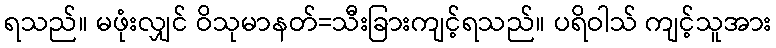
ရသည်။ မဖုံးလျှင် ဝိသုမာနတ်=သီးခြားကျင့်ရသည်။ ပရိဝါသ် ကျင့်သူအား